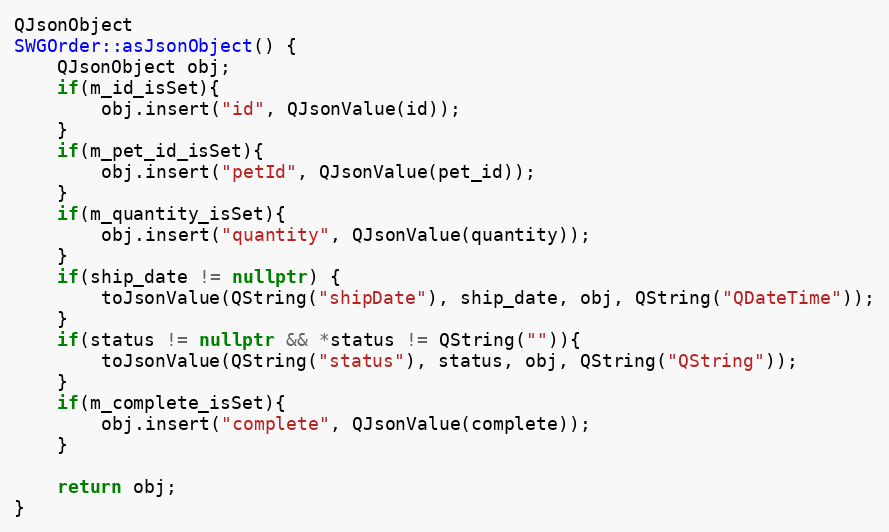
Language: C++
QJsonObject
SWGOrder::asJsonObject() {
    QJsonObject obj;
    if(m_id_isSet){
        obj.insert("id", QJsonValue(id));
    }
    if(m_pet_id_isSet){
        obj.insert("petId", QJsonValue(pet_id));
    }
    if(m_quantity_isSet){
        obj.insert("quantity", QJsonValue(quantity));
    }
    if(ship_date != nullptr) {
        toJsonValue(QString("shipDate"), ship_date, obj, QString("QDateTime"));
    }
    if(status != nullptr && *status != QString("")){
        toJsonValue(QString("status"), status, obj, QString("QString"));
    }
    if(m_complete_isSet){
        obj.insert("complete", QJsonValue(complete));
    }

    return obj;
}